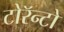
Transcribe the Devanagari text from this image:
टोरॅन्टो